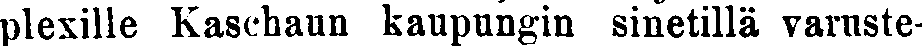
plexille Kaschaun kaupungin sinetillä varuste-